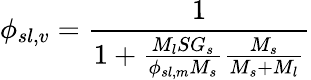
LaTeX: \phi_{sl,v}={\frac{1}{1+{\frac{M_{l}SG_{s}}{\phi_{sl,m}M_{s}}}{\frac{M_{s}}{M_{s}+M_{l}}}}}